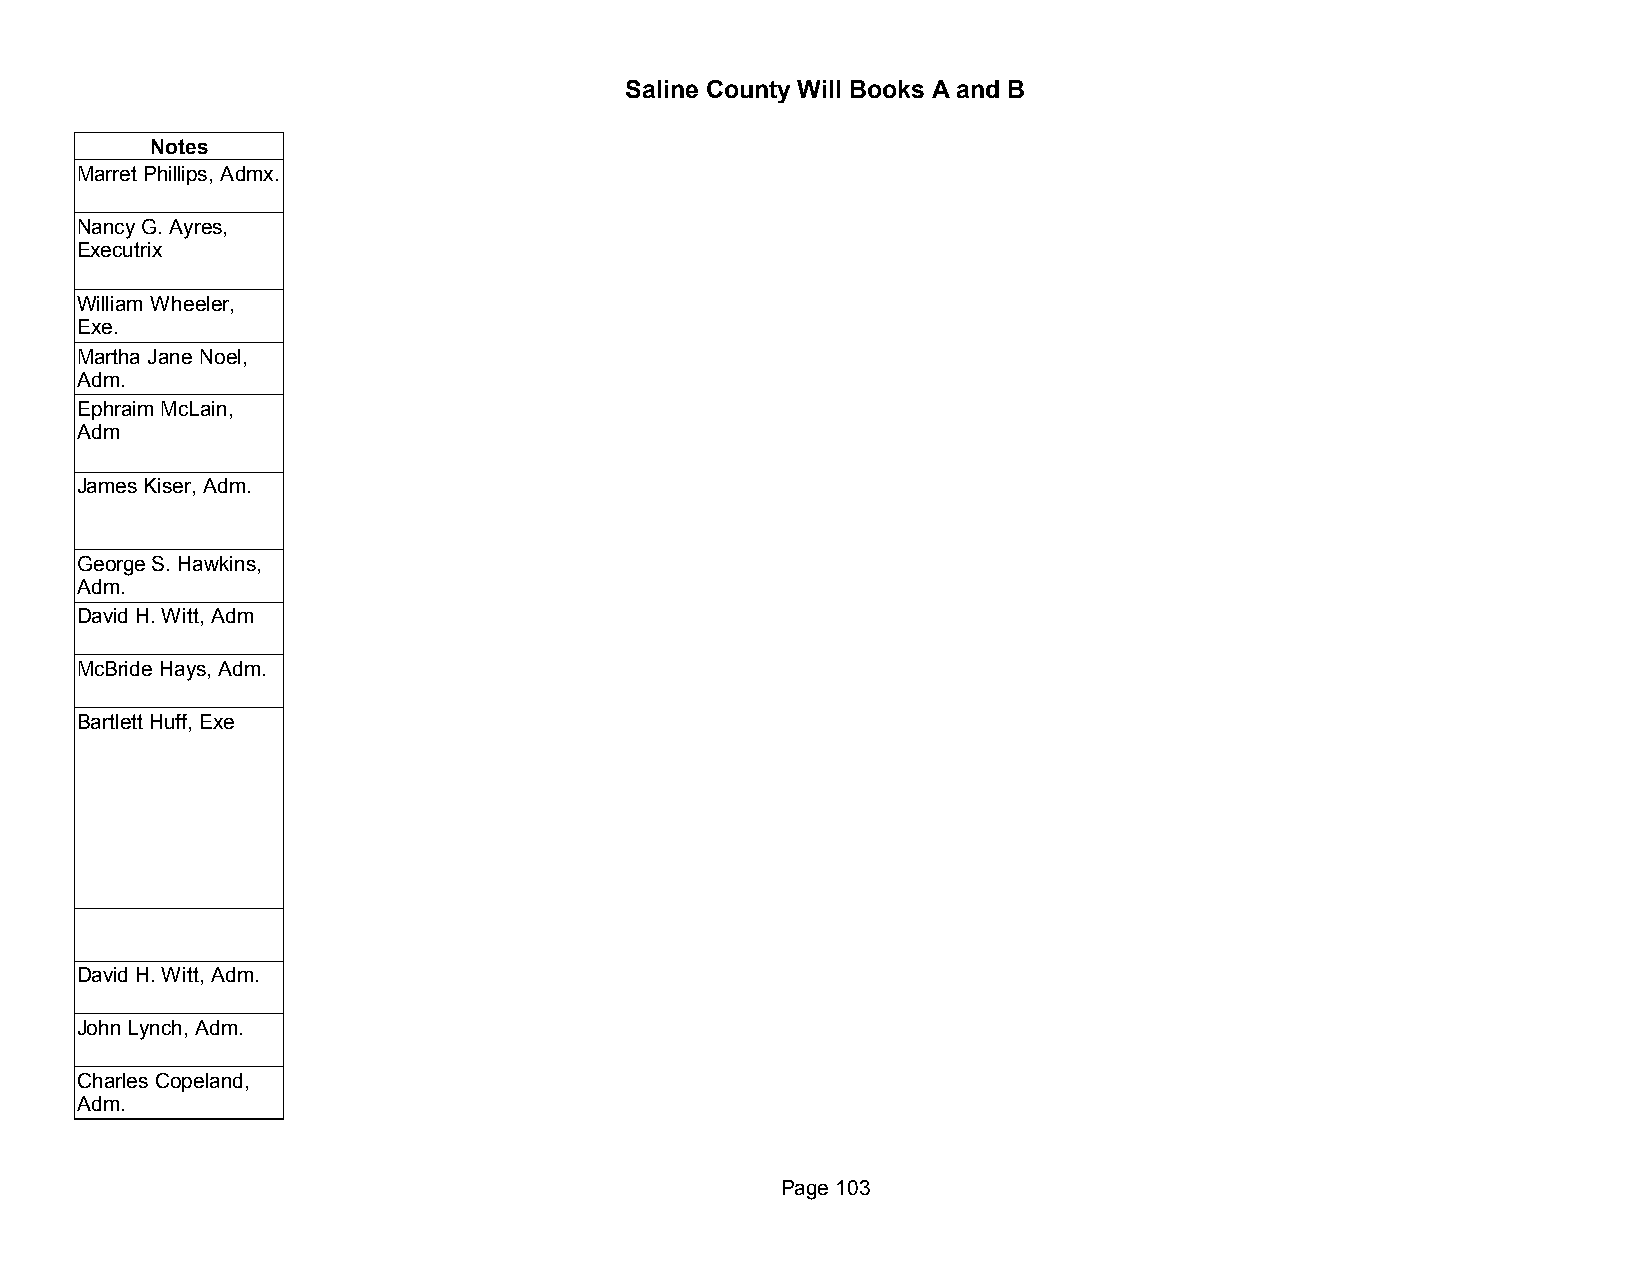
Saline County Will Books A and B
 Notes
 Marret Phillips, Admx.
 Nancy G. Ayres,
 Executrix
 William Wheeler,
 Exe.
 Martha Jane Noel,
 Adm.
 Ephraim McLain,
 Adm
 James Kiser, Adm.
 George S. Hawkins,
 Adm.
 David H. Witt, Adm
 McBride Hays, Adm.
 Bartlett Huff, Exe
 David H. Witt, Adm.
 John Lynch, Adm.
 Charles Copeland,
 Adm.
 Page 103